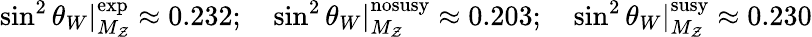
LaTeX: \sin^{2}\theta_{W}|_{M_{\mathcal{Z}}}^{\mathrm{{exp}}}\approx0.232;\quad\sin^{2}\theta_{W}|_{M_{\mathcal{Z}}}^{\mathrm{{nosusy}}}\approx0.203;\quad\sin^{2}\theta_{W}|_{M_{\mathcal{Z}}}^{\mathrm{{susy}}}\approx0.230